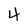
Character: 4